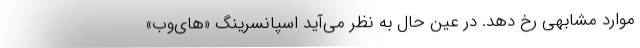
موارد مشابهی رخ دهد. در عین حال به نظر می‌آید اسپانسرینگ «های‌وب»